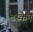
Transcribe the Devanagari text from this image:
टस्केन